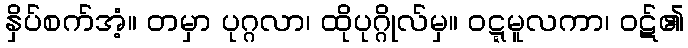
နှိပ်စက်အံ့။ တမှာ ပုဂ္ဂလာ၊ ထိုပုဂ္ဂိုလ်မှ။ ဝဋ္ဋမူလကာ၊ ဝဋ်၏